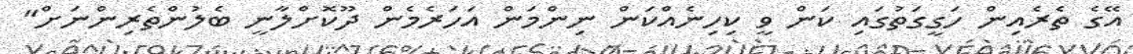
އޭގެ ތެރެއިން ހަގީގަތުގައި ކަން ވީ ކިހިނެއްކަން ނިންމަން އަހަރެމެން ދޫކޮށްލާނީ ބެލުންތެރިންނަށް"